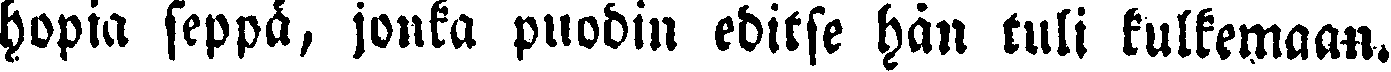
hopia seppä, jonka puodin editse hän tuli kulkemaan.